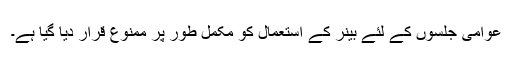
عوامی جلسوں کے لئے بینر کے استعمال کو مکمل طور پر ممنوع قرار دیا گیا ہے۔